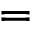
=